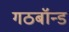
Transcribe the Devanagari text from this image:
गठबॉन्ड